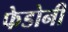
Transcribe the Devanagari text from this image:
फेडोनी